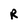
Character: R